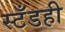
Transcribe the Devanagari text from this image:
स्टँडही